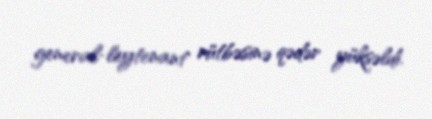
general-leytenant rütbəsinə qədər yüksəldi.